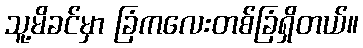
သူ့မိခင်မှာ ခြံကလေးတစ်ခြံရှိတယ်။